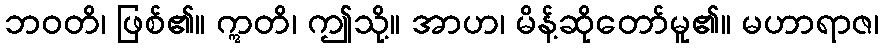
ဘဝတိ၊ ဖြစ်၏။ ဣတိ၊ ဤသို့။ အာဟ၊ မိန့်ဆိုတော်မူ၏။ မဟာရာဇ၊